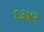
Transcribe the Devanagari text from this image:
६३४२